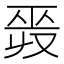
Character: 𢀣